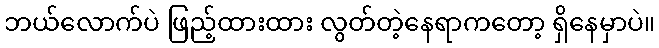
ဘယ်လောက်ပဲ ဖြည့်ထားထား လွတ်တဲ့နေရာကတော့ ရှိနေမှာပဲ။